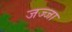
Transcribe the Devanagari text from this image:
जज्जा